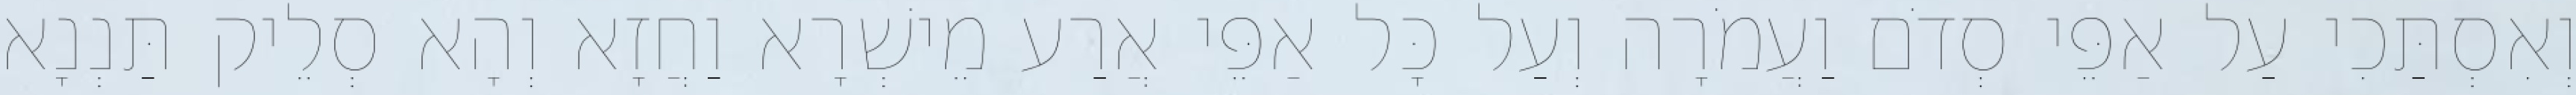
וְאִסְתַּכִי עַל אַפֵּי סְדֹם וַעֲמֹרָה וְעַל כָּל אַפֵּי אֲרַע מֵישְׁרָא וַחֲזָא וְהָא סְלֵיק תַּנְנָא